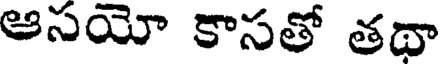
ఆసయో కాసతో తథా